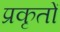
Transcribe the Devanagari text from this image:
प्रकृतों